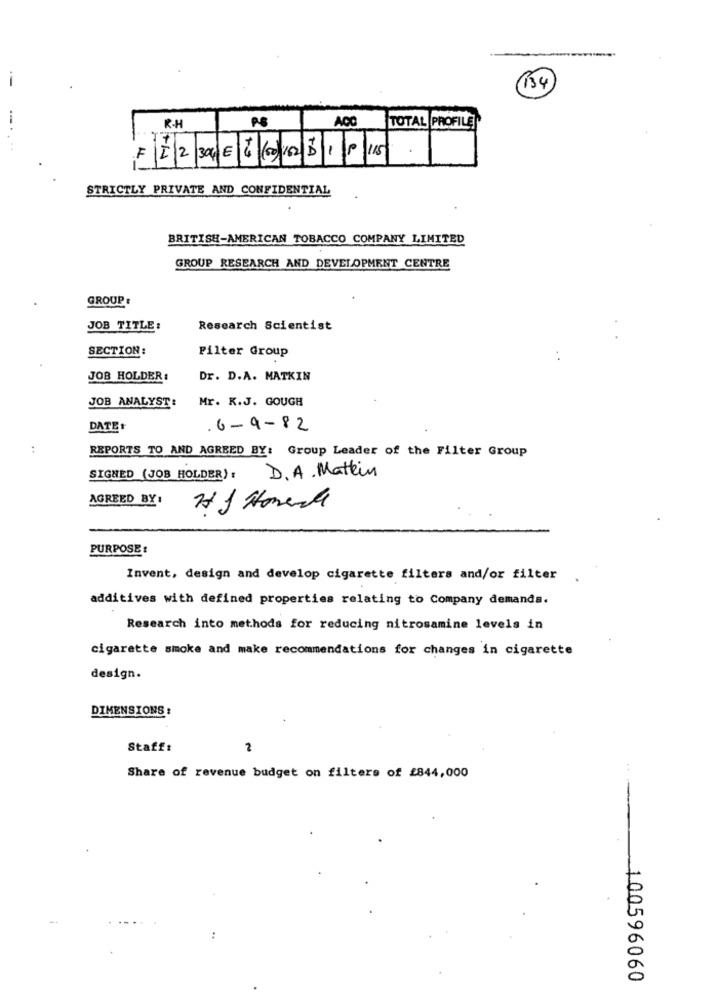
134
R.H
TOTAL PROFILE
I234668016231P
115
STRICTLY PRIVATE AND CONFIDENTIAL
BRITISH-AMERICAN TOBACCO COMPANY LIMITED
GROUP RESEARCH AND DEVELOPMENT CENTRE
GROUP:
JOB TITLE:
Research Scientist
SECTION:
Filter Group
JOB HOLDER :
Dr. D.A. MATKIN
JOB ANALYST:
Mr. K.J. GOUGH
DATE:
.6-9-82
..
REPORTS TO AND AGREED BY: Group Leader of the Filter Group
SIGNED (JOB HOLDER): D.A. Matein
AGREED BY:
PURPOSE :
Invent, design and develop cigarette filters and/or filter
additives with defined properties relating to Company demands.
Research into methods for reducing nitrosamine levels in
cigarette smoke and make recommendations for changes in cigarette
design.
DIMENSIONS:
Staff:
2
Share of revenue budget on filters of £844,000
-
..
100596060